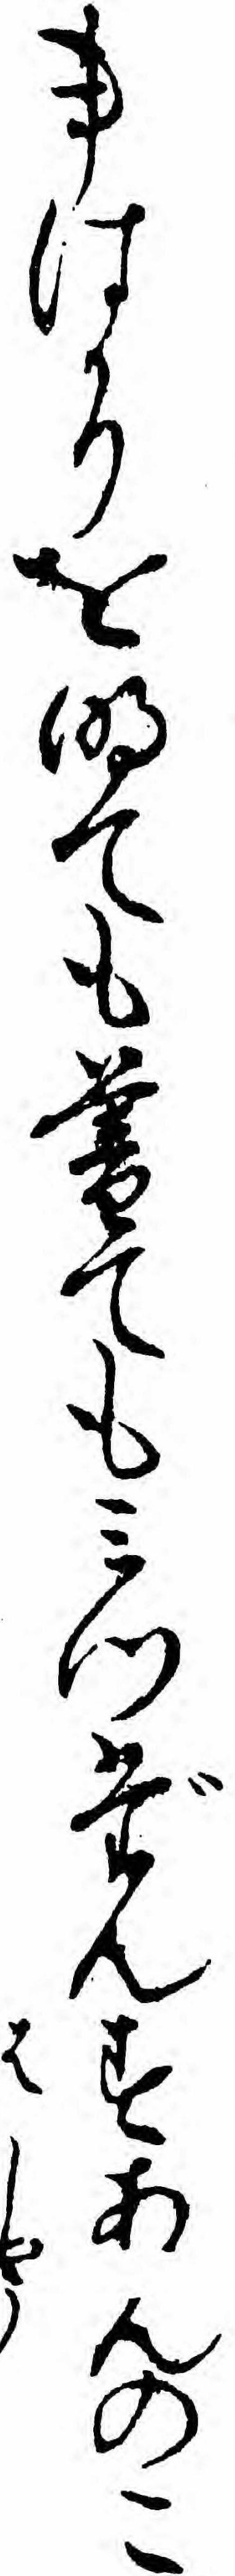
事はかりを明ても暮てもミつだんすあんのこ